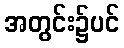
အတွင်း၌ပင်